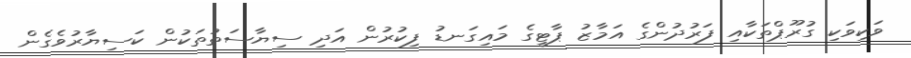
ވަކިވަކި ގުރޫޕްތަކާއި ފަރުދުންގެ އަމާޒު ޕާޓީގެ މައިގަނޑު ފިކުރުން އަދި ސިޔާސަތުތަކުން ކަސިޔާރުވެގެން